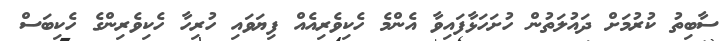
ސާބިތު ކުރުމަށް ދައުލަތުން ހުށަހަޅާފައިވާ އެންމެ ހެކިވެރިއެއް ފިޔަވައި ހުރިހާ ހެކިވެރިންގެ ހެކިބަސް